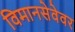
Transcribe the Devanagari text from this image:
विमानसेवेवर